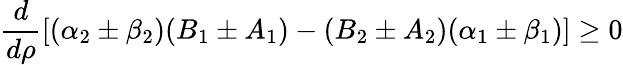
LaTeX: \frac{d}{d\rho}\left[(\alpha_{2}\pm\beta_{2})(B_{1}\pm A_{1})-(B_{2}\pm A_{2})(\alpha_{1}\pm\beta_{1})\right]\ge 0